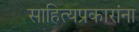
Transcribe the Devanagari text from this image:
साहित्यप्रकारांना